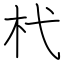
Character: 杙